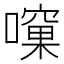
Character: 𱕀